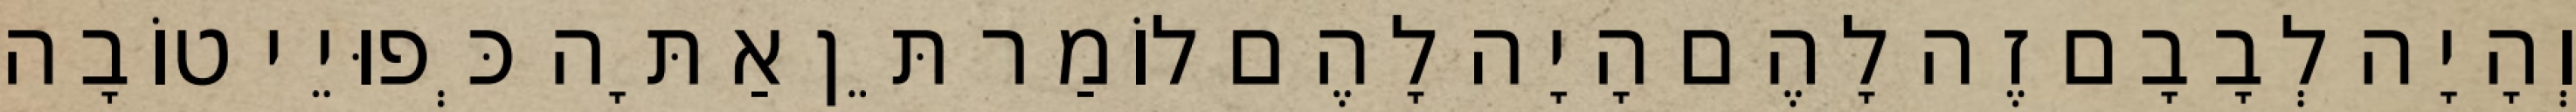
וְהָיָה לְבָבָם זֶה לָהֶם הָיָה לָהֶם לוֹמַר תֵּן אַתָּה כְּפוּיֵי טוֹבָה